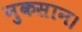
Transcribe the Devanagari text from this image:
नुकसान।